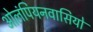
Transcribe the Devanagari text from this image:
ओलंपियनवासियों